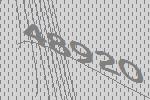
48920